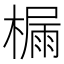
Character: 𪳬